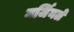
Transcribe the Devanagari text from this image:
गर्जिनले